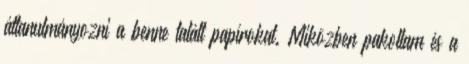
áttanulmányozni a benne talált papírokat. Miközben pakoltam és a